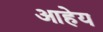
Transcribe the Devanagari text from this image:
आहेय